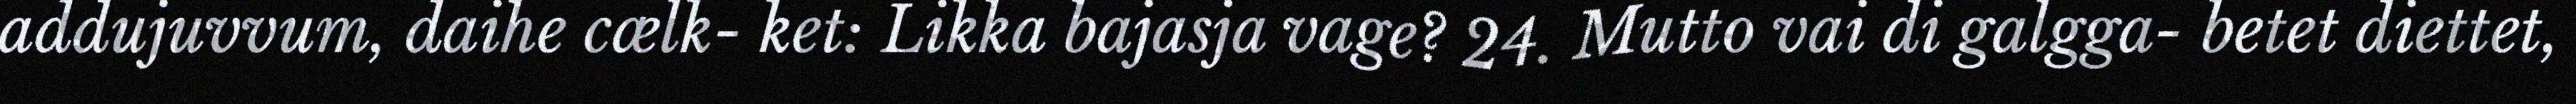
addujuvvum, daihe cælk- ket: Likka bajasja vage? 24. Mutto vai di galgga- betet diettet,